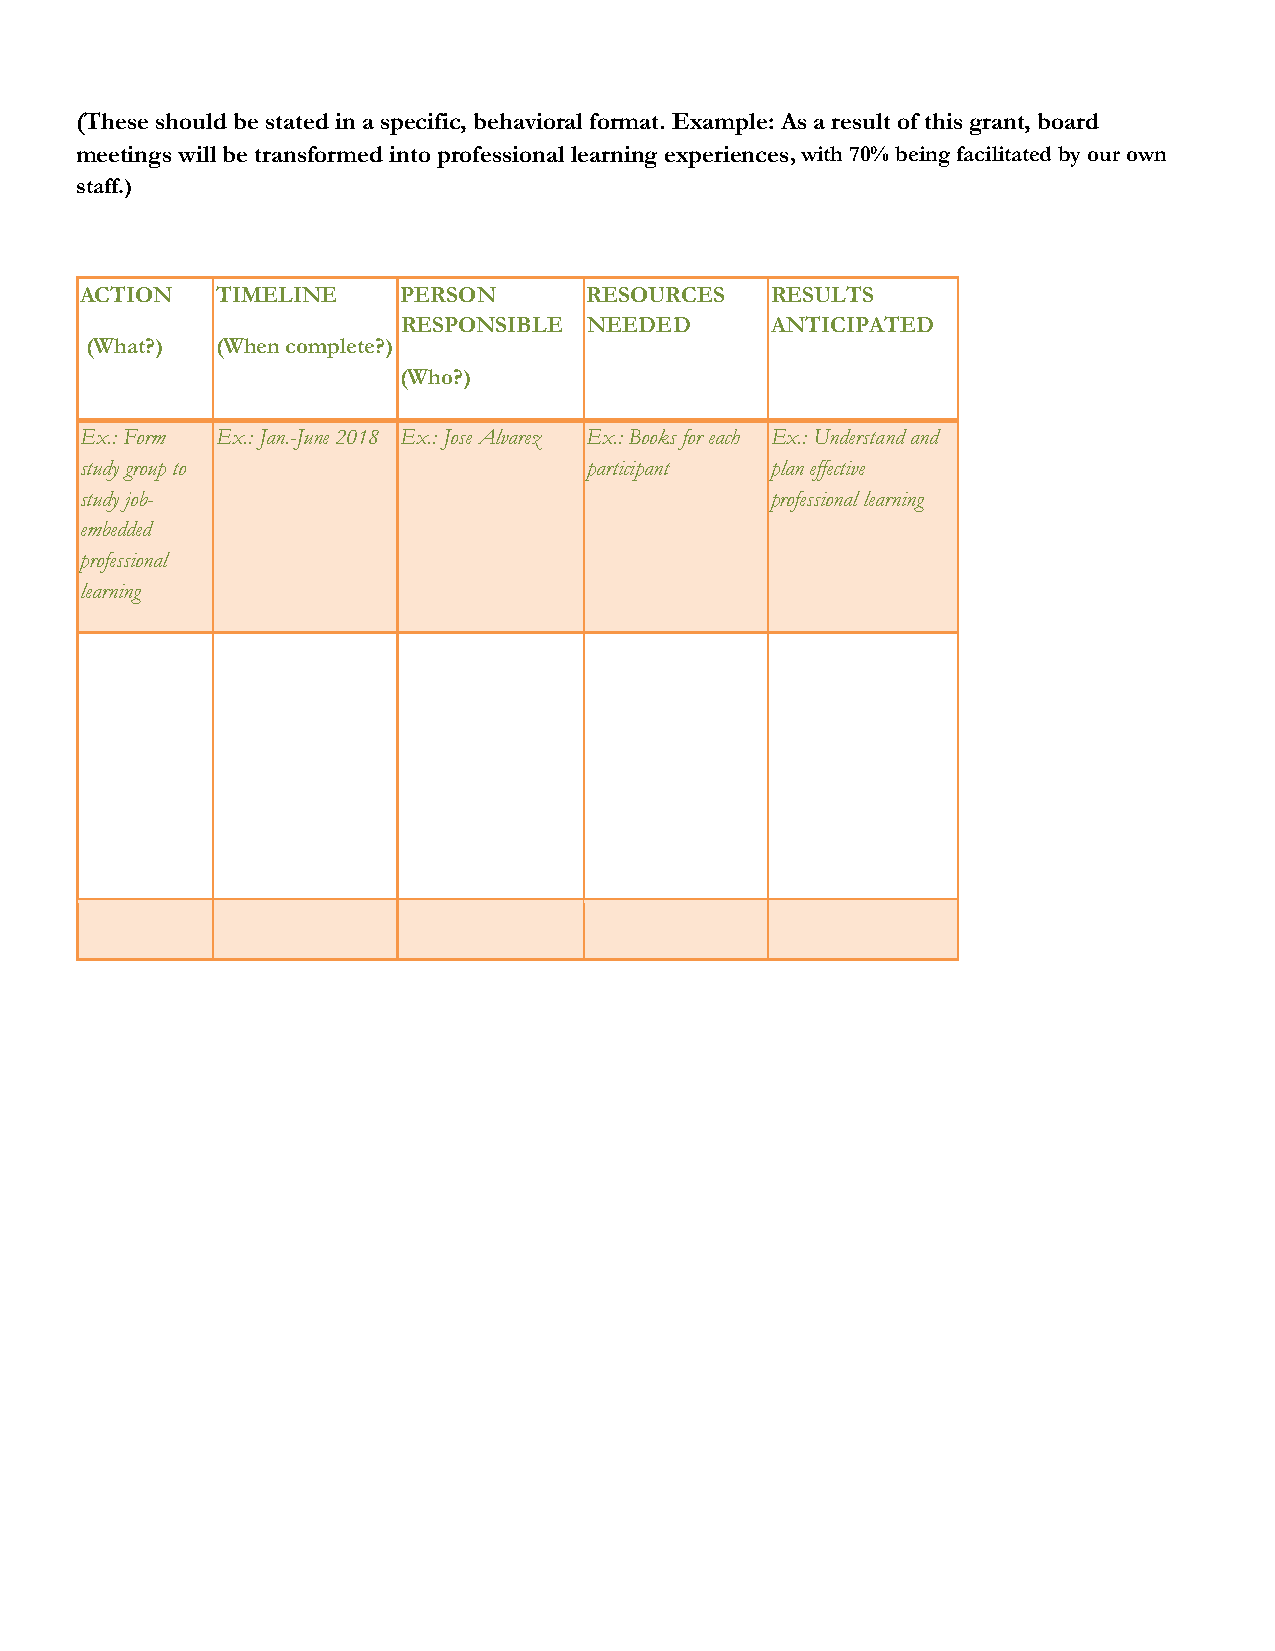
(These should be stated in a specific, behavioral format. Example: As a result of this grant, board
 meetings will be transformed into professional learning experiences, with 70% being facilitated by our own
 staff.)
 ACTION   TIMELINE     PERSON      RESOURCES   RESULTS
 RESPONSIBLE NEEDED      ANTICIPATED
 (What?) (When complete?)
 (Who?)
 Ex.: Form Ex.: Jan.-June 2018 Ex.: Jose Alvarez Ex.: Books for each Ex.: Understand and
 study group to                    participant plan effective
 study job-                                    professional learning
 embedded
 professional
 learning